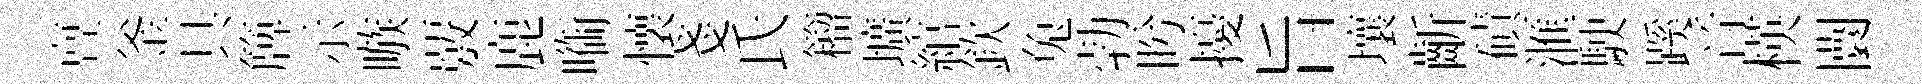
亶釜具簰示嗾覈鹿㗸懐戔氏籕壙綰欽兔勃盻擾旨壤齗磧滙駛蹊音楧闤